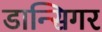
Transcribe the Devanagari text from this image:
डान्सिगर